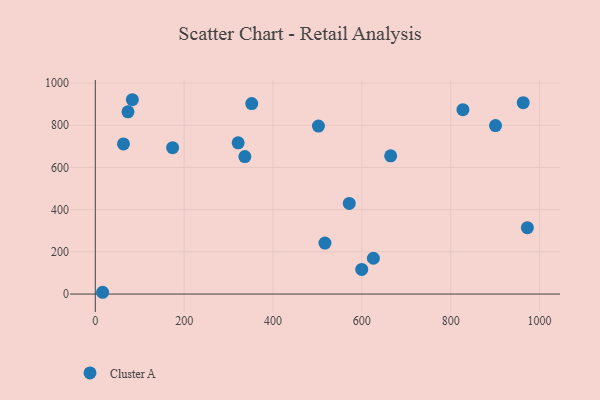
{"axis": {"x": "Ad Spend", "y": "Fuel Efficiency"}, "legend": ["Cluster A"], "data": [{"x": "336.6", "y": 651.6, "type": "Cluster A"}, {"x": "174.0", "y": 693.6, "type": "Cluster A"}, {"x": "502.2", "y": 795.9, "type": "Cluster A"}, {"x": "571.6", "y": 429.6, "type": "Cluster A"}, {"x": "900.8", "y": 798.3, "type": "Cluster A"}, {"x": "516.9", "y": 241.5, "type": "Cluster A"}, {"x": "63.4", "y": 711.3, "type": "Cluster A"}, {"x": "352.1", "y": 902.8, "type": "Cluster A"}, {"x": "972.5", "y": 314.6, "type": "Cluster A"}, {"x": "664.8", "y": 654.9, "type": "Cluster A"}, {"x": "321.5", "y": 716.9, "type": "Cluster A"}, {"x": "16.5", "y": 8.4, "type": "Cluster A"}, {"x": "83.4", "y": 921.0, "type": "Cluster A"}, {"x": "625.9", "y": 169.6, "type": "Cluster A"}, {"x": "827.4", "y": 873.8, "type": "Cluster A"}, {"x": "963.1", "y": 907.2, "type": "Cluster A"}, {"x": "599.7", "y": 116.6, "type": "Cluster A"}, {"x": "73.6", "y": 863.6, "type": "Cluster A"}]}